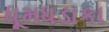
ધૂમધડાકા